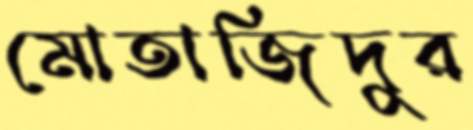
মোতাজিদুর